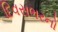
દિવસભરનો